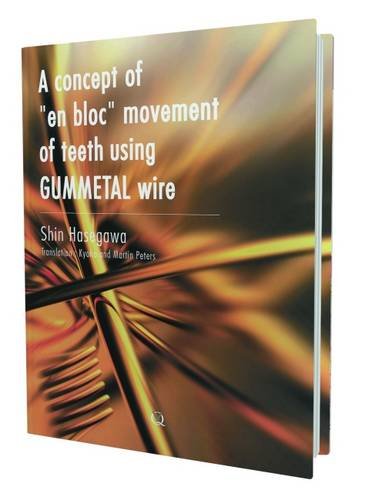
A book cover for A Concept of En Bloc Movement of Teeth Using GUMMETAL Wire; Shin Hasegawa; Medical Books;